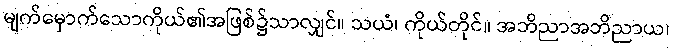
မျက်မှောက်သောကိုယ်၏အဖြစ်၌သာလျှင်။ သယံ၊ ကိုယ်တိုင်။ အဘိညာအဘိညာယ၊